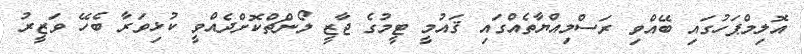
އޮލިމްޕަހުގައި ބޭއްވި ރަސްމިއްޔާތެއްގައި ޤައުމީ ޓީމުގެ ޖާޒީ ލޯންޗްކޮށްދެއްވީ ކުޅިވަރާ ބެހޭ ވަޒީރު